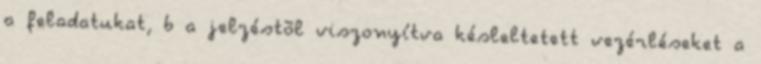
a feladatukat, b a jelzéstõl viszonyítva késleltetett vezérléseket a